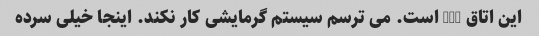
این اتاق 603 است. می ترسم سیستم گرمایشی کار نکند. اینجا خیلی سرده